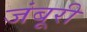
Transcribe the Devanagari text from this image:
जंबूरी